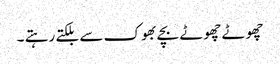
چھوٹے چھوٹے بچے بھوک سے بلکتے رہتے ۔